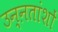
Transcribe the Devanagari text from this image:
उन्ऩतांशों